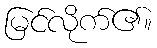
မြင်လိုက်၏။